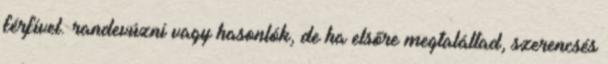
férfivel. randevúzni vagy hasonlók, de ha elsőre megtaláltad, szerencsés